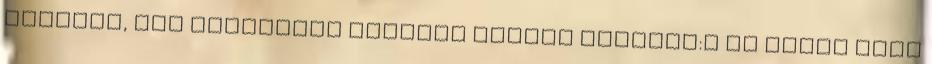
annyira, így kihímezve viszont nagyon tetszik:o Ez olyan szep